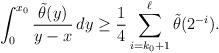
LaTeX: \begin{align*}\int_0^{x_0} \frac{\tilde{\theta}(y)}{y-x} \, dy \geq \frac14 \sum_{i=k_0+1}^\ell \tilde\theta(2^{-i}). \end{align*}